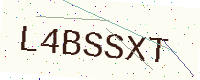
Text: L4BSSXT